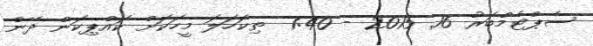
ސެޕްޓެމްބަރު 16